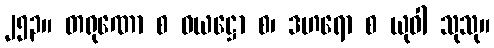
၂၅၃။ တရုဏော စ ဝယဋ္ဌော စ၊ ဒဟရော စ ယုဝါ သုသု။